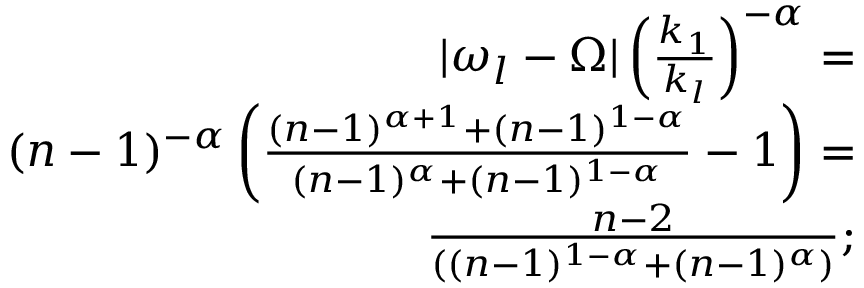
\begin{array} { r } { | \omega _ { l } - \Omega | \left( \frac { k _ { 1 } } { k _ { l } } \right) ^ { - \alpha } = } \\ { ( n - 1 ) ^ { - \alpha } \left( \frac { ( n - 1 ) ^ { \alpha + 1 } + ( n - 1 ) ^ { 1 - \alpha } } { ( n - 1 ) ^ { \alpha } + ( n - 1 ) ^ { 1 - \alpha } } - 1 \right) = } \\ { \frac { n - 2 } { ( ( n - 1 ) ^ { 1 - \alpha } + ( n - 1 ) ^ { \alpha } ) } ; } \end{array}